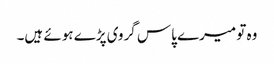
وہ تو میرے پاس گروی پڑے ہوئے ہیں۔